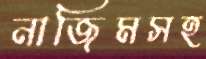
নাজিমসহ